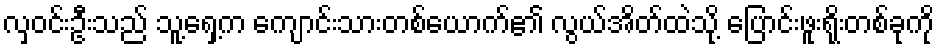
လှဝင်းဦးသည် သူ့ရှေ့က ကျောင်းသားတစ်ယောက်၏ လွယ်အိတ်ထဲသို့ ပြောင်းဖူးရိုးတစ်ခုကို